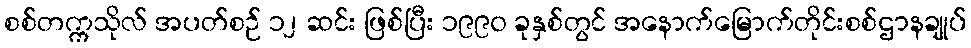
စစ်တက္ကသိုလ် အပတ်စဉ် ၁၂ ဆင်း ဖြစ်ပြီး ၁၉၉၀ ခုနှစ်တွင် အနောက်မြောက်တိုင်းစစ်ဌာနချုပ်